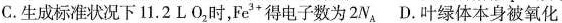
C.生成标准状况下11.2L O_{2}时，Fe^{3+}得电子数为2N_{A} D.叶绿体本身被氧化